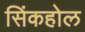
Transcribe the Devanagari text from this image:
सिंकहोल